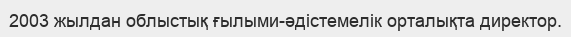
2003 жылдан облыстық ғылыми-әдістемелік орталықта директор.